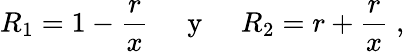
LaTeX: R_{1}=1-\frac{r}{x}\; \; \; \; {\mathrm{~y~}}\; \; \; \; R_{2}=r+\frac{r}{x}\; ,